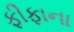
ફીફાના